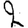
Digit: 2